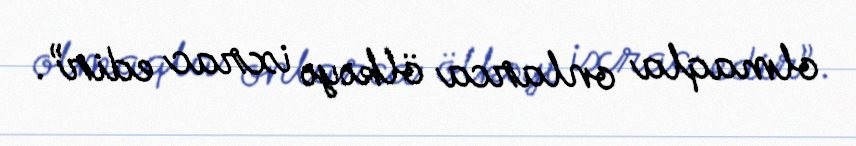
olmaqla onlarca ölkəyə ixrac edir”.